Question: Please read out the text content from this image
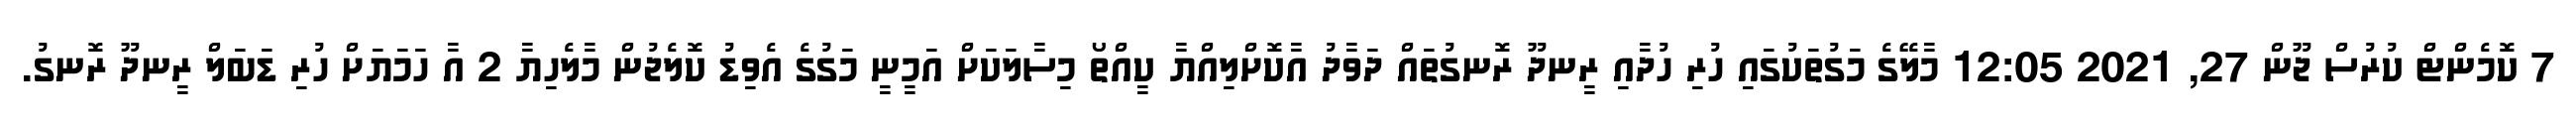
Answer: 7 ކޮމެންޓް ކުރުސް ޖޫން 27, 2021 12:05 މާލޭގެ މަގުތަކުގައި ހުރި ހުދާއި ރީނދޫ ރޮނގުތައް ދަވާދު އާކޮށްލިއްޔާ ކީއްތޯ މިސާލަކަށް އަމީނީ މަގުގެ އެވިޑު ކޮލެޖުން މާލެހިޔާ 2 އާ ހަމަޔަށް ހުރި ޑަބަލް ރީނދޫ ރޮނގު.